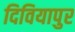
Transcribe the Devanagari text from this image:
दिवियापुर